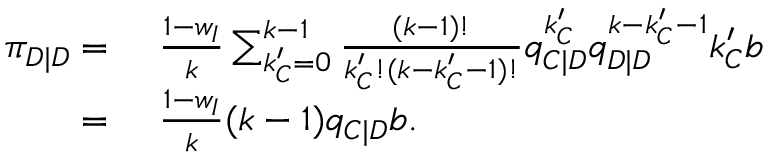
\begin{array} { r l } { \pi _ { D | D } = } & { ~ \frac { 1 - w _ { I } } { k } \sum _ { k _ { C } ^ { \prime } = 0 } ^ { k - 1 } { \frac { ( k - 1 ) ! } { k _ { C } ^ { \prime } ! ( k - k _ { C } ^ { \prime } - 1 ) ! } q _ { C | D } ^ { k _ { C } ^ { \prime } } q _ { D | D } ^ { k - k _ { C } ^ { \prime } - 1 } k _ { C } ^ { \prime } b } } \\ { = } & { ~ \frac { 1 - w _ { I } } { k } ( k - 1 ) q _ { C | D } b . } \end{array}